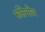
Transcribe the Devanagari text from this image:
रुसिनोव